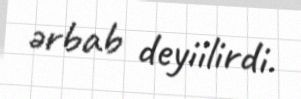
ərbab deyiilirdi.